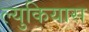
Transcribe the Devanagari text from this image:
ल्युकियास